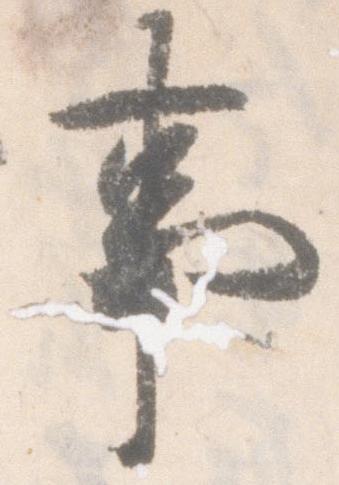
事